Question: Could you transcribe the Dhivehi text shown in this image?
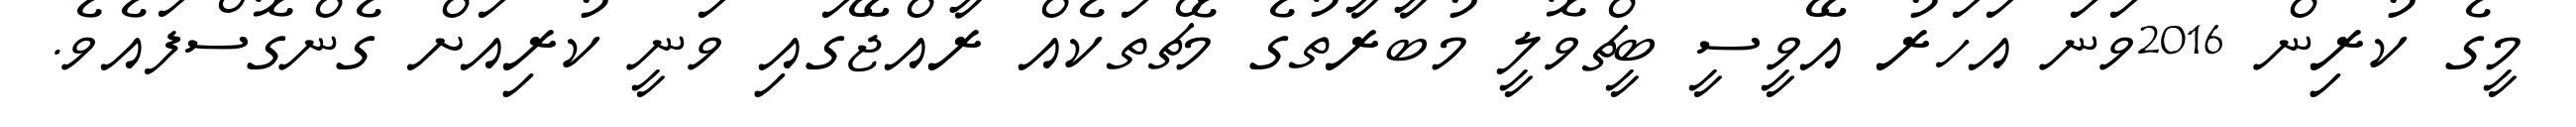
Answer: މީގެ ކުރިން 2016ވަނަ އަހަރު އޭވީސީ ބީޗްވޮލީ މުބާރާތުގެ މެޗްތަކެއް ރާއްޖޭގައި ވަނީ ކުރިއަށް ގެންގޮސްފައެވެ.